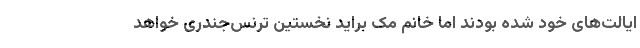
ایالت‌های خود شده بودند اما خانم مک براید نخستین ترنس‌جندری خواهد